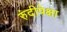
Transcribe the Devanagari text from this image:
रुंदीपेक्षा